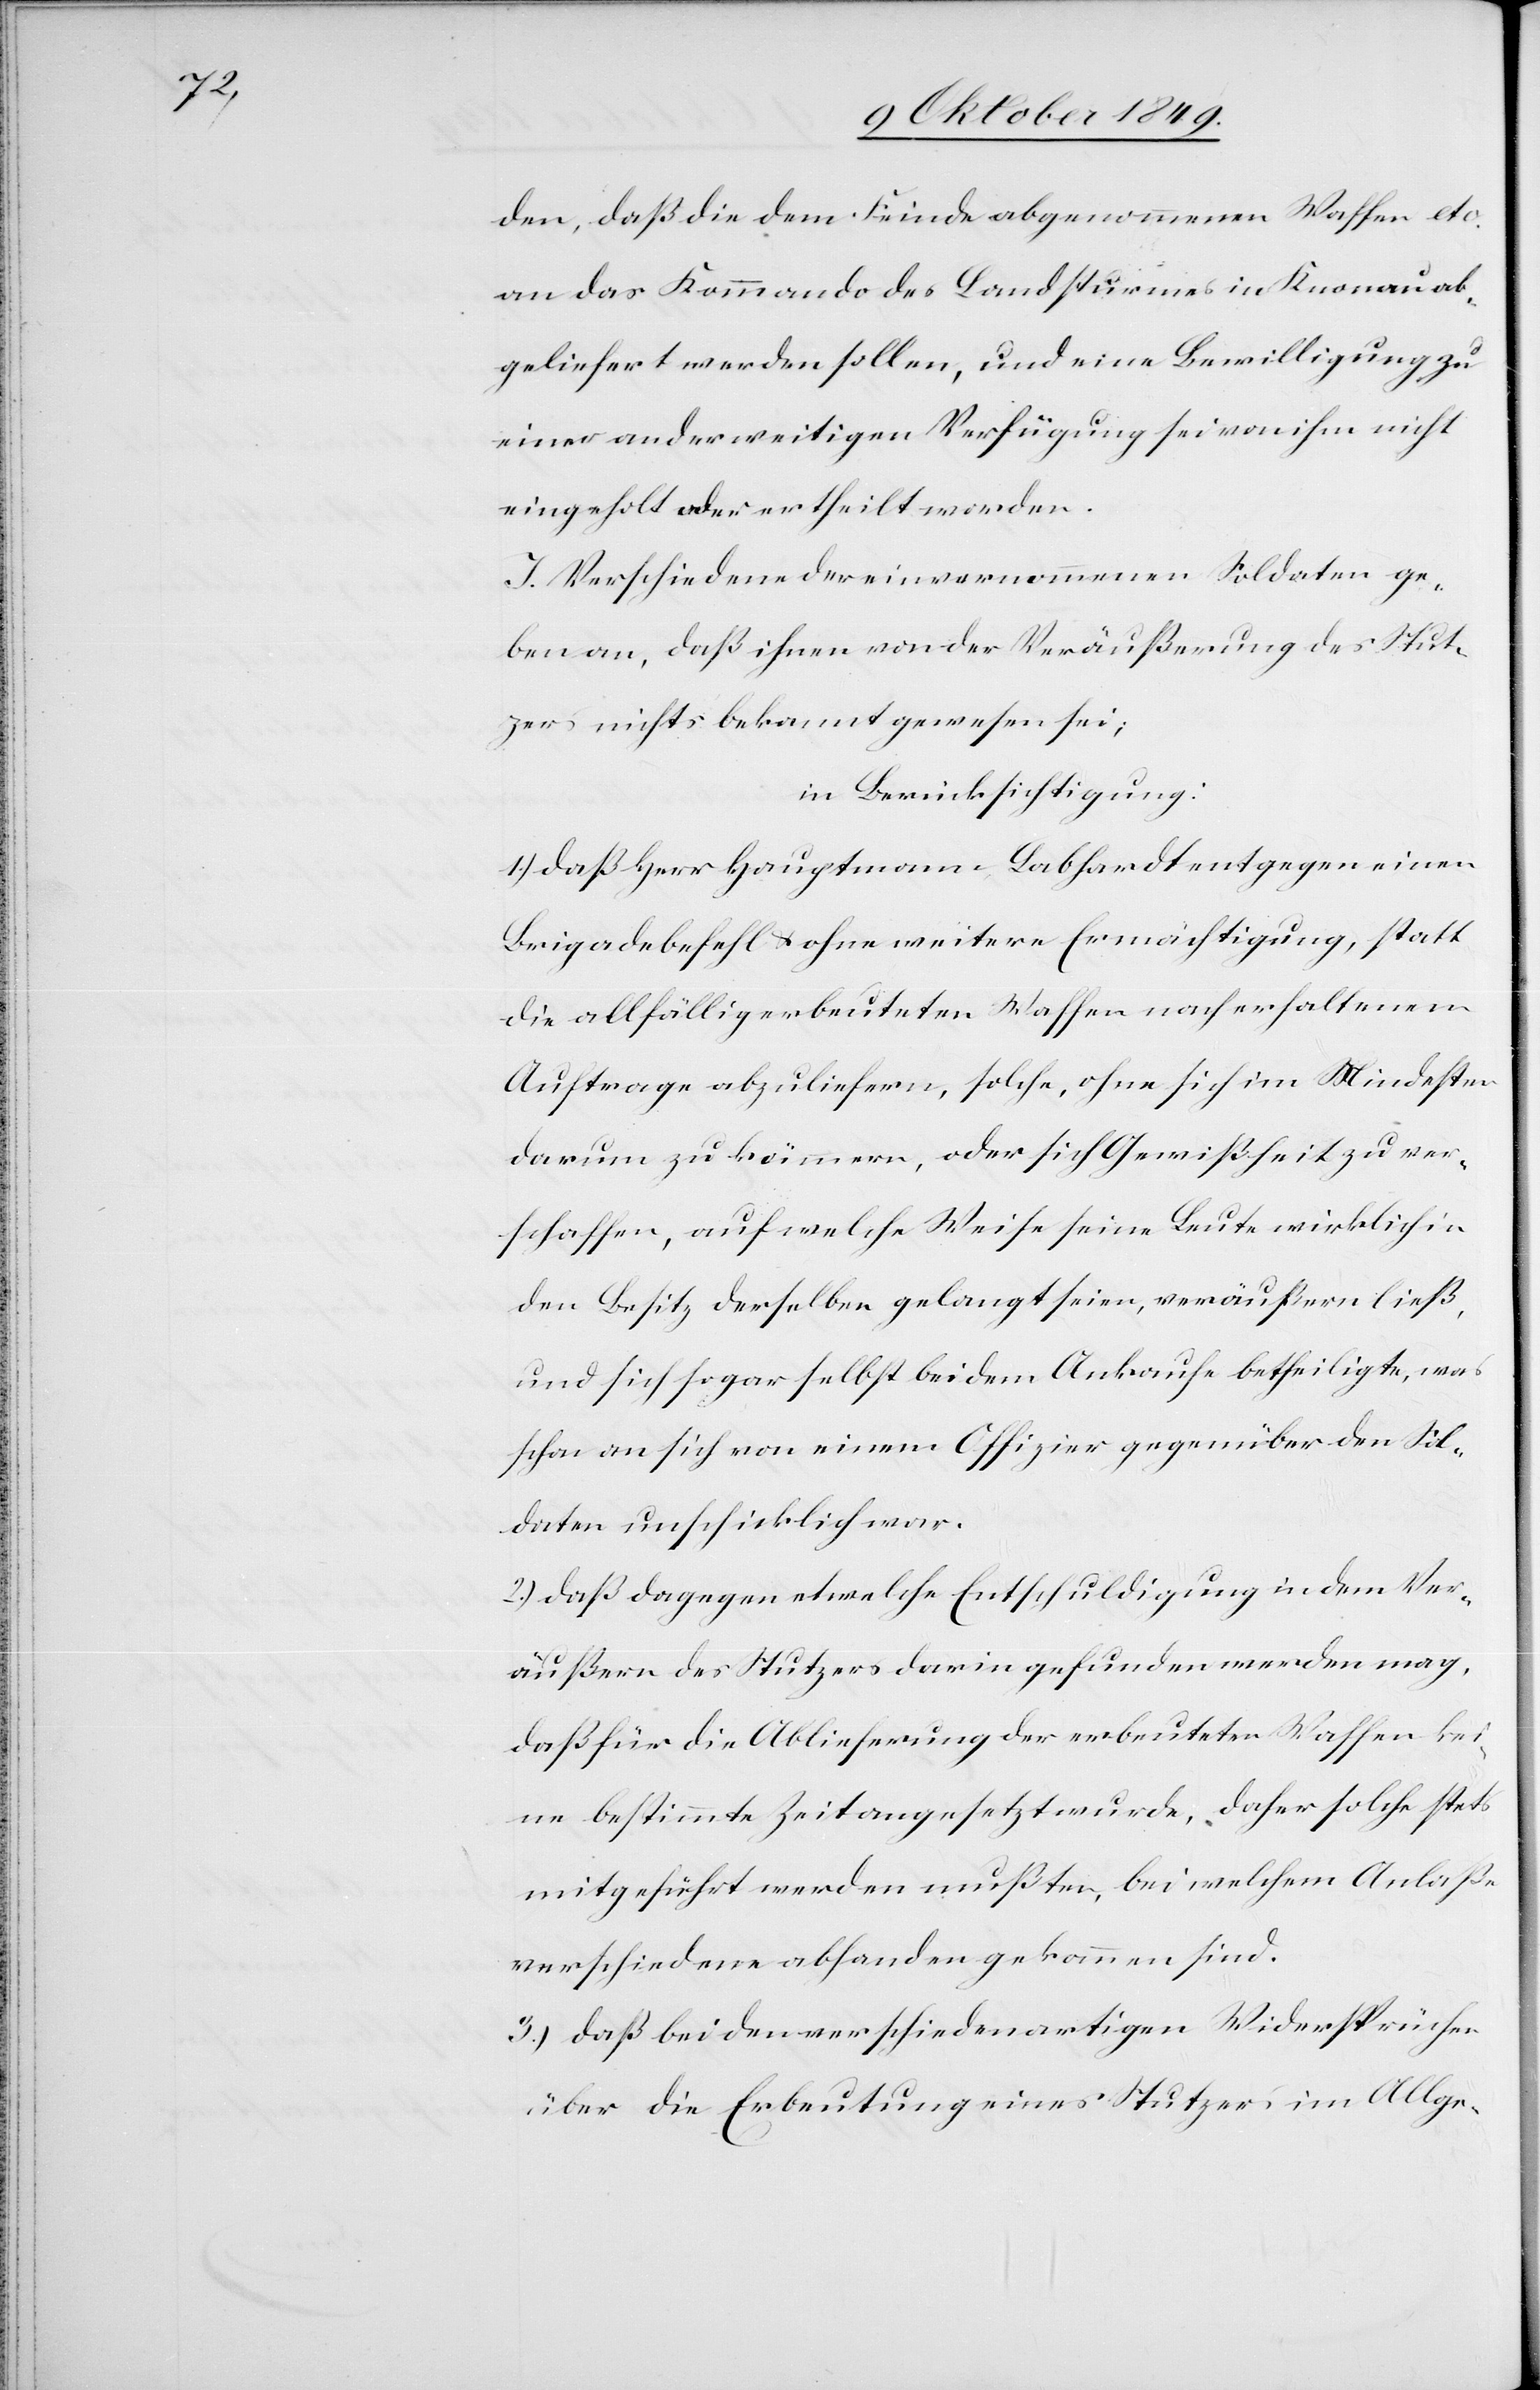
den, daß die bei dem Feinde abgenommenen Waffen etc.
an das Kommando des Landsturmes in Knonau ab¬
geliefert werden sollen, und eine Bewilligung zu
einer anderweitigen Verfügung sei von ihm nicht
eingeholt oder ertheilt worden.
J. Verschiedene der einvernommenen Soldaten ge¬
ben an, daß ihnen von der Veräußerung des Stut¬
zers nichts bekannt gewesen sei;
in Berücksichtigung:
1.) daß Herr Hauptmann Labhardt entgegen einem
Bridagebefehl u. ohne weitere Ermächtigung, statt
die allfällig erbeuteten Waffen nach erhaltenem
Auftrage abzuliefern, solche, ohne sich im Mindesten
darum zu kümmern, oder sich Gewißheit zu ver¬
schaffen, auf welche Weise seine Leute wirklich in
den Besitz derselben gelangt seien, veräußern ließ,
und sich sogar selbst bei dem Ankaufe betheiligte, was
schon an sich von einem Offizier gegenüber den Sol¬
daten unschicklich war.
2.) daß dagegen etwelche Entschuldigung indem Ver¬
äußern des Stutzers darin gefunden werden mag,
daß für die Ablieferung der erbeuteten Waffen kei¬
ne bestimmte Zeit angesetzt wurde. Daher solche stets
mitgeführt werden mußten, bei welchem Anlaße
verschiedene abhanden gekommen sind.
3.) daß bei den verschiedenartigen Widersprüchen
über die Erbeutung eines Stutzers im Allge-